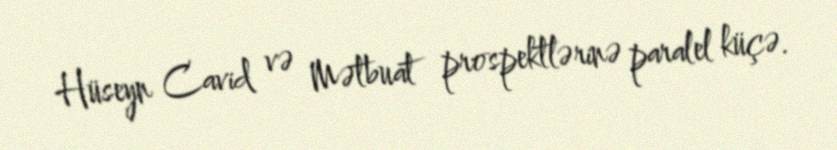
Hüseyn Cavid və Mətbuat prospektlərinə paralel küçə.